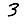
Digit: 3